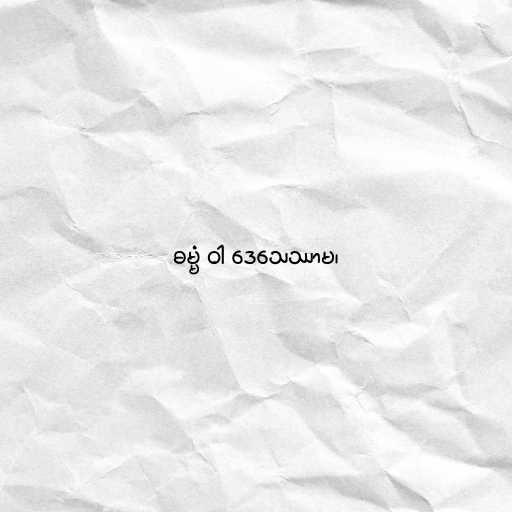
ဓမ္မံ ဝါ ဒေသေဿာမ၊